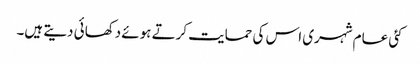
کئی عام شہری اس کی حمایت کرتے ہوئے دکھائی دیتے ہیں۔